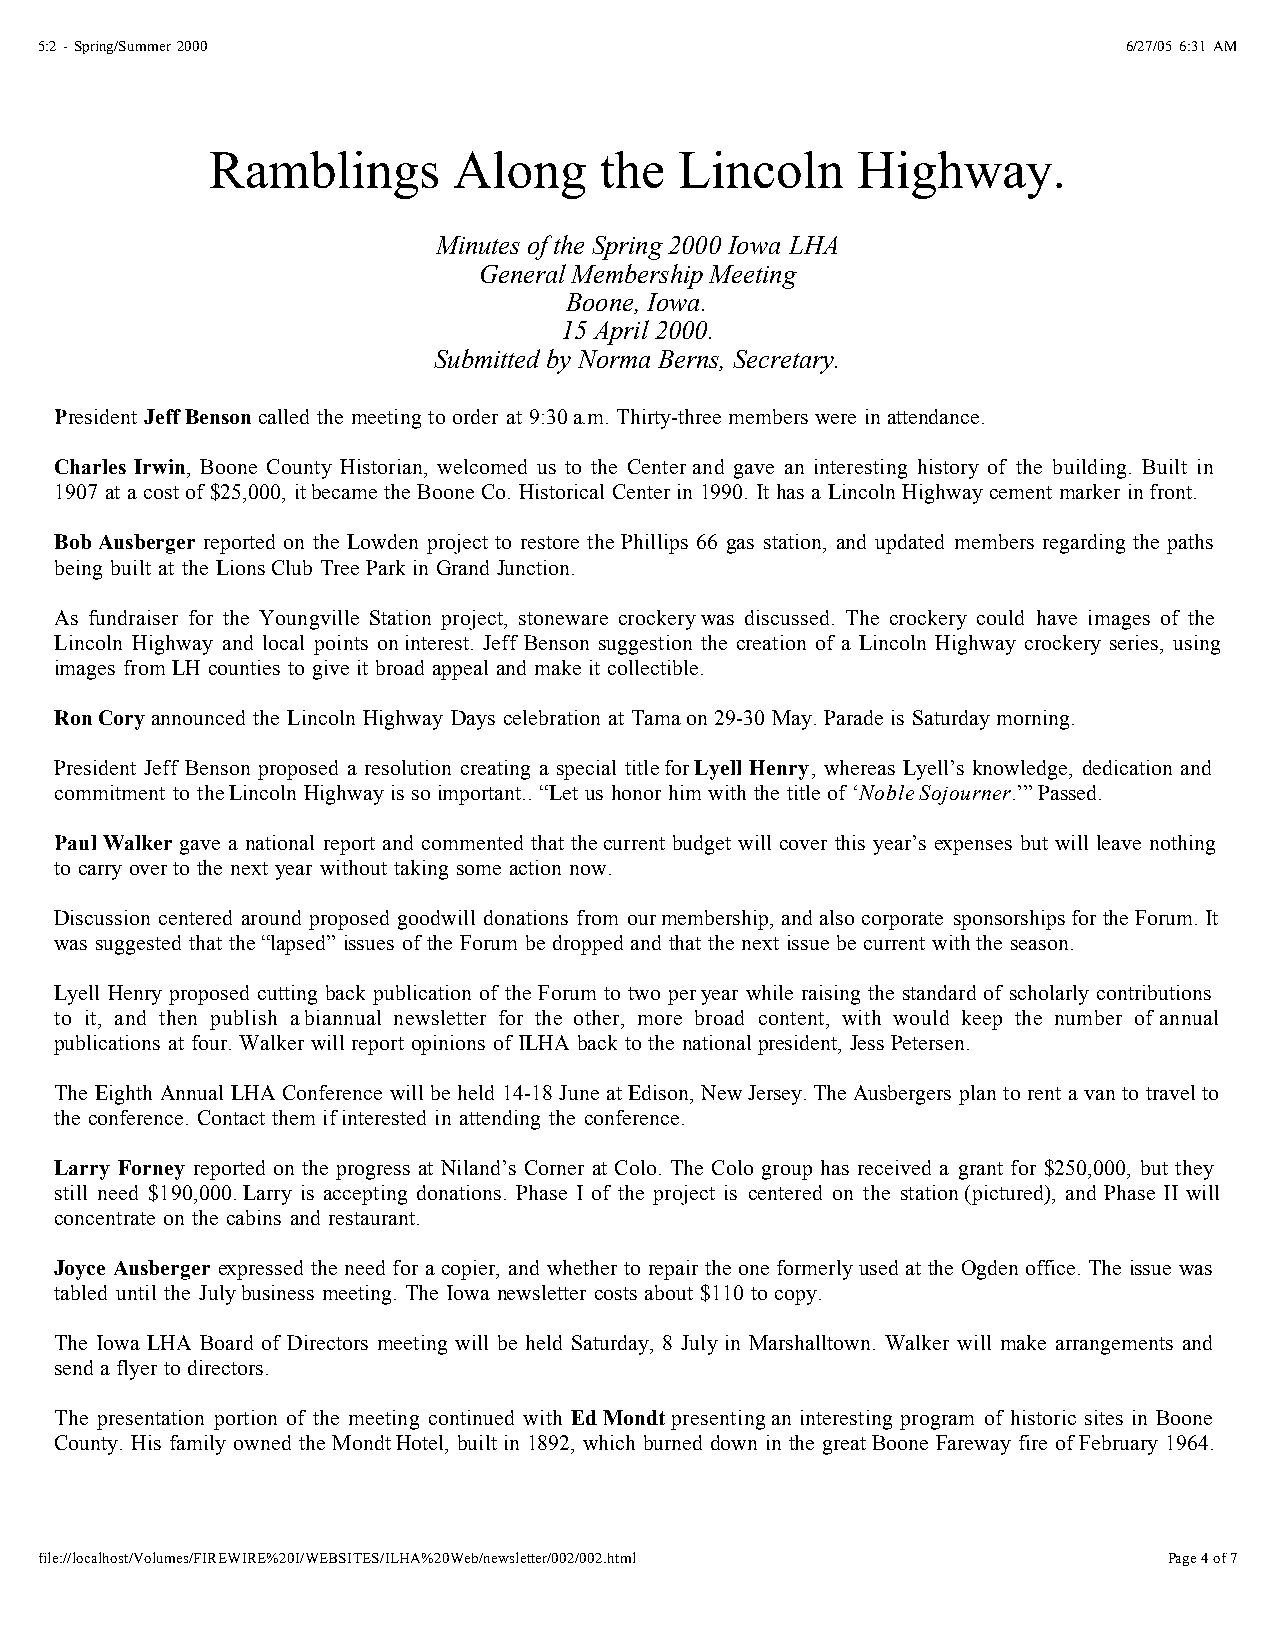
5:2 - Spring/Summer 2000                                                 6/27/05 6:31 AM
 Ramblings       Along     the  Lincoln     Highway.
 Minutes of the Spring 2000 Iowa LHA
 General Membership Meeting
 Boone, Iowa.
 15 April 2000.
 Submitted by Norma Berns, Secretary.
 President Jeff Benson called the meeting to order at 9:30a.m. Thirty-three members were in attendance.
 Charles Irwin, Boone County Historian, welcomed us to the Center and gave an interesting history of the building. Built in
 1907 at a cost of $25,000, itbecame the Boone Co. Historical Center in 1990. It has a Lincoln Highway cement marker infront.
 Bob Ausberger reported on the Lowden project to restore the Phillips 66 gas station, and updated members regarding the paths
 being built at the LionsClub Tree Park in Grand Junction.
 As fundraiser for the Youngville Station project, stoneware crockerywas discussed. The crockery could have images of the
 Lincoln Highway and local points oninterest. Jeff Benson suggestion the creation of a Lincoln Highway crockery series, using
 images from LH counties to give it broad appeal and make it collectible.
 Ron Cory announced the Lincoln Highway Days celebration at Tamaon 29-30 May. Parade is Saturday morning.
 President Jeff Benson proposed a resolution creating a special titlefor Lyell Henry, whereas Lyell’s knowledge, dedication and
 commitment to theLincoln Highway is so important.. “Let us honor him with the title of ‘NobleSojourner.’” Passed.
 Paul Walker gave a national report and commented that thecurrent budget will cover this year’s expenses but will leave nothing
 to carry overto the next year without taking some action now.
 Discussion centered around proposed goodwill donations from ourmembership, and also corporate sponsorships for the Forum. It
 was suggested that the“lapsed” issues of the Forum be dropped and that the next issue be current withthe season.
 Lyell Henry proposed cutting back publication of the Forum to two peryear while raising the standard of scholarly contributions
 to it, and then publish abiannual newsletter for the other, more broad content, with would keep the number of annual
 publications at four. Walker will report opinions of ILHA back to the nationalpresident, Jess Petersen.
 The Eighth Annual LHA Conference will be held 14-18 June at Edison, NewJersey. The Ausbergers plan to rent a van to travel to
 the conference. Contact them ifinterested in attending the conference.
 Larry Forney reported on the progress at Niland’s Corner at Colo. The Colo group has received a grant for $250,000, but they
 still need $190,000.Larry is accepting donations. Phase I of the project is centered on the station(pictured), and Phase II will
 concentrate on the cabins and restaurant.
 Joyce Ausberger expressed the need for a copier, and whether to repair the one formerly used at the Ogden office. The issue was
 tabled until the Julybusiness meeting. The Iowa newsletter costs about $110 to copy.
 The Iowa LHA Board of Directors meeting will be held Saturday, 8 July in Marshalltown. Walker will make arrangements and
 send a flyer to directors.
 The presentation portion of the meeting continued with Ed Mondt presentingan interesting program of historic sites in Boone
 County. His family owned the MondtHotel, built in 1892, which burned down in the great Boone Fareway fire of February 1964.
 file://localhost/Volumes/FIREWIRE%20I/WEBSITES/ILHA%20Web/newsletter/002/002.html Page 4 of 7